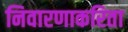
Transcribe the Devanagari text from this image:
निवारणाकरिता